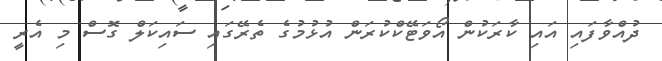
ދުއްވާފައި އައި ކާރަކުން އޯވަޓޭކްކުރަން އުޅުމުގެ ތެރޭގައި ސައިކަލް ގޮސް މި އެރީ